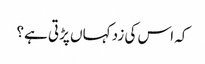
کہ اس کی زد کہاں پڑتی ہے؟